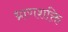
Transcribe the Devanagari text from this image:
ध्राणशक्ति